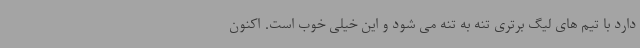
دارد با تیم های لیگ برتری تنه به تنه می شود و این خیلی خوب است. اکنون